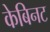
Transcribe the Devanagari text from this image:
केबिनट